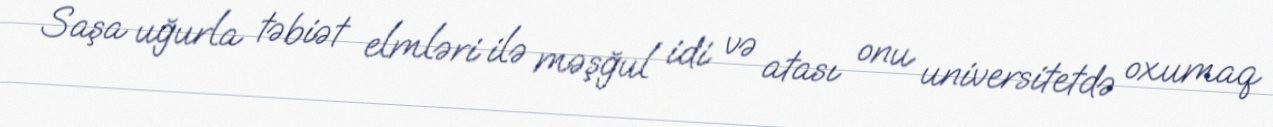
Saşa uğurla təbiət elmləri ilə məşğul idi və atası onu universitetdə oxumaq